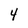
Character: 4